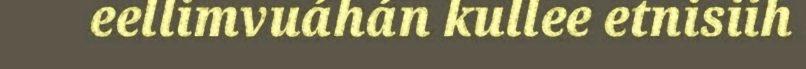
eellimvuáhán kullee etnisiih